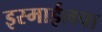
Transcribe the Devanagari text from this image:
इस्माईलचा